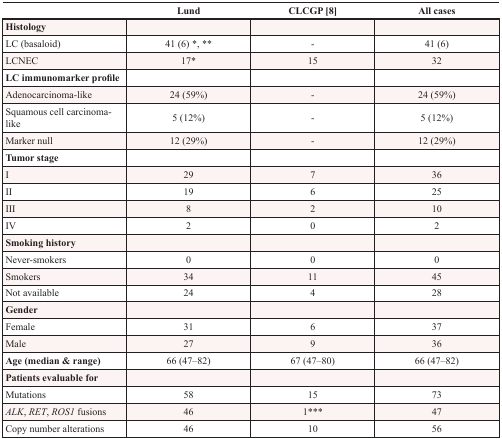
<table><thead><tr><td></td><td><b>Lund</b></td><td><b>CLCGP [8]</b></td><td><b>All cases</b></td></tr></thead><tbody><tr><td><b>Histology</b></td><td></td><td></td><td></td></tr><tr><td>LC (basaloid)</td><td>41 (6) *, **</td><td>-</td><td>41 (6)</td></tr><tr><td>LCNEC</td><td>17*</td><td>15</td><td>32</td></tr><tr><td><b>LC immunomarker profile</b></td><td></td><td></td><td></td></tr><tr><td>Adenocarcinoma-like</td><td>24 (59%)</td><td>-</td><td>24 (59%)</td></tr><tr><td>Squamous cell carcinoma-like</td><td>5 (12%)</td><td>-</td><td>5 (12%)</td></tr><tr><td>Marker null</td><td>12 (29%)</td><td>-</td><td>12 (29%)</td></tr><tr><td><b>Tumor stage</b></td><td></td><td></td><td></td></tr><tr><td>I</td><td>29</td><td>7</td><td>36</td></tr><tr><td>II</td><td>19</td><td>6</td><td>25</td></tr><tr><td>III</td><td>8</td><td>2</td><td>10</td></tr><tr><td>IV</td><td>2</td><td>0</td><td>2</td></tr><tr><td><b>Smoking history</b></td><td></td><td></td><td></td></tr><tr><td>Never-smokers</td><td>0</td><td>0</td><td>0</td></tr><tr><td>Smokers</td><td>34</td><td>11</td><td>45</td></tr><tr><td>Not available</td><td>24</td><td>4</td><td>28</td></tr><tr><td><b>Gender</b></td><td></td><td></td><td></td></tr><tr><td>Female</td><td>31</td><td>6</td><td>37</td></tr><tr><td>Male</td><td>27</td><td>9</td><td>36</td></tr><tr><td><b>Age (median &amp; range)</b></td><td>66 (47–82)</td><td>67 (47–80)</td><td>66 (47–82)</td></tr><tr><td><b>Patients evaluable for</b></td><td></td><td></td><td></td></tr><tr><td>Mutations</td><td>58</td><td>15</td><td>73</td></tr><tr><td><i>ALK</i>, <i>RET</i>, <i>ROS1</i> fusions</td><td>46</td><td>1***</td><td>47</td></tr><tr><td>Copy number alterations</td><td>46</td><td>10</td><td>56</td></tr></tbody></table>